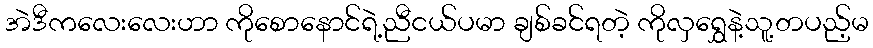
အဲဒီကလေးလေးဟာ ကိုစောနောင်ရဲ့ညီငယ်ပမာ ချစ်ခင်ရတဲ့ ကိုလှရွှေနဲ့သူ့တပည့်မ